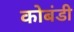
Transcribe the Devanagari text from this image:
कोबंडी